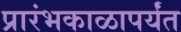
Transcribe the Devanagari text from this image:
प्रारंभकाळापर्यंत